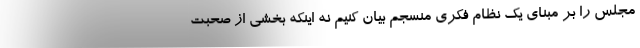
مجلس را بر مبنای یک نظام فکری منسجم بیان کنیم نه اینکه بخشی از صحبت